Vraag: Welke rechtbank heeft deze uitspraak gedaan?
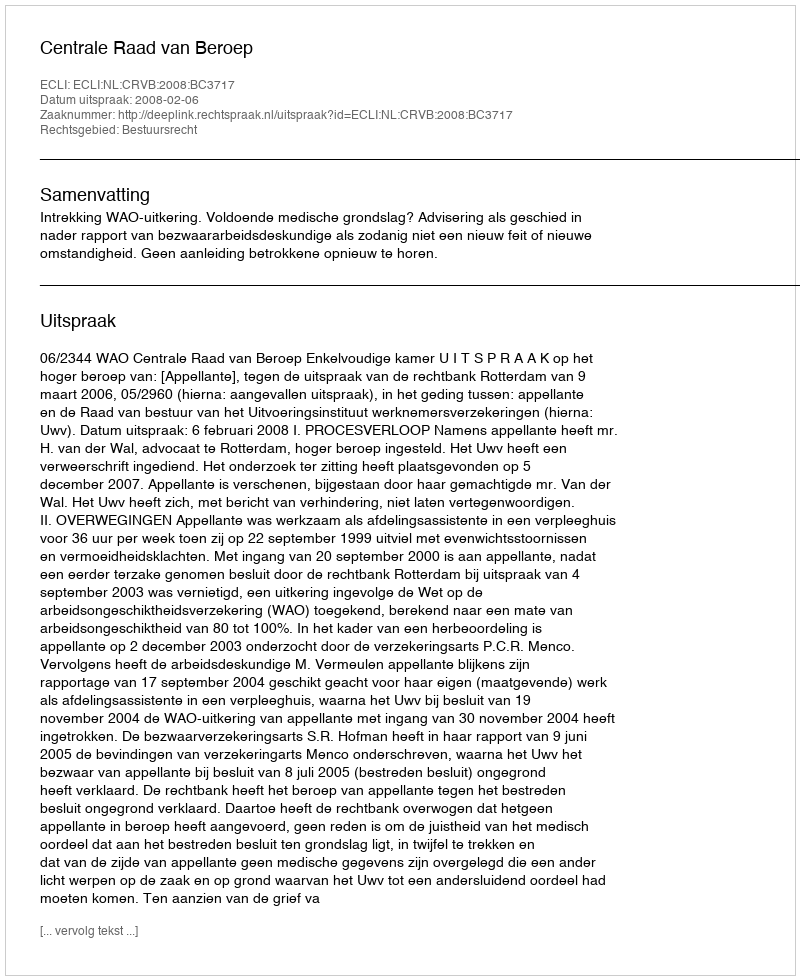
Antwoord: Centrale Raad van Beroep